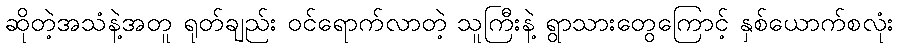
ဆိုတဲ့အသံနဲ့အတူ ရုတ်ချည်း ဝင်ရောက်လာတဲ့ သူကြီးနဲ့ ရွာသားတွေကြောင့် နှစ်ယောက်စလုံး